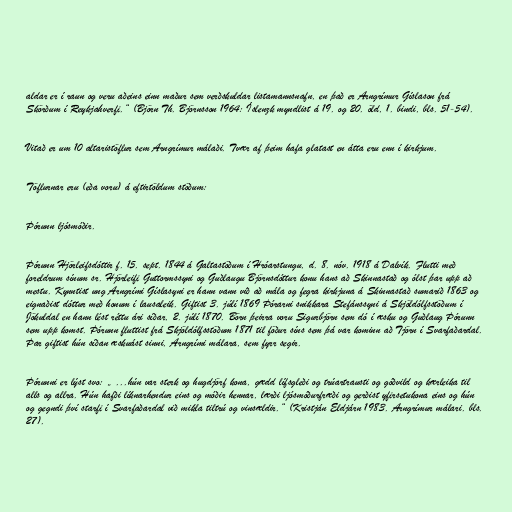
aldar er í raun og veru aðeins einn maður sem verðskuldar listamannsnafn, en það er Arngrímur Gíslason frá
Skörðum í Reykjahverfi.“ (Björn Th. Björnsson 1964: Íslenzk myndlist á 19. og 20. öld, 1. bindi, bls. 51-54).

Vitað er um 10 altaristöflur sem Arngrímur málaði. Tvær af þeim hafa glatast en átta eru enn í kirkjum.

Töflurnar eru (eða voru) á eftirtöldum stöðum:

Þórunn ljósmóðir.

Þórunn Hjörleifsdóttir f. 15. sept. 1844 á Galtastöðum í Hróarstungu, d. 8. nóv. 1918 á Dalvík. Flutti með
foreldrum sínum sr. Hjörleifi Guttormssyni og Guðlaugu Björnsdóttur konu hans að Skinnastað og ólst þar upp að
mestu. Kynntist ung Arngrími Gíslasyni er hann vann við að mála og fegra kirkjuna á Skinnastað sumarið 1863 og
eignaðist dóttur með honum í lausaleik. Giftist 3. júlí 1869 Þórarni snikkara Stefánssyni á Skjöldólfsstöðum í
Jökuldal en hann lést réttu ári síðar, 2. júlí 1870. Börn þeirra voru Sigurbjörn sem dó í æsku og Guðlaug Þórunn
sem upp komst. Þórunn fluttist frá Skjöldólfsstöðum 1871 til föður síns sem þá var kominn að Tjörn í Svarfaðardal.
Þar giftist hún síðan æskuást sinni, Arngrími málara, sem fyrr segir.

Þórunni er lýst svo: „ ...hún var sterk og hugdjörf kona, gædd lífsgleði og trúartrausti og góðvild og kærleika til
alls og allra. Hún hafði líknarhendur eins og móðir hennar, lærði ljósmóðurfræði og gerðist yfirsetukona eins og hún
og gegndi því starfi í Svarfaðardal við mikla tiltrú og vinsældir.“ (Kristján Eldjárn 1983. Arngrímur málari. bls.
27).